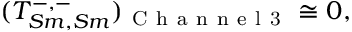
\begin{array} { r } { ( T _ { S m , S m } ^ { - , - } ) _ { \mathrm { ~ C ~ h ~ a ~ n ~ n ~ e ~ l ~ 3 ~ } } \cong 0 , } \end{array}